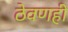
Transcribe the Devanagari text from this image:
ठेवणही